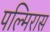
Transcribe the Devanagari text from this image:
पल्मिरास